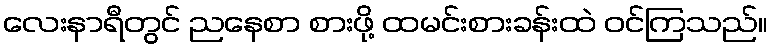
လေးနာရီတွင် ညနေစာ စားဖို့ ထမင်းစားခန်းထဲ ဝင်ကြသည်။